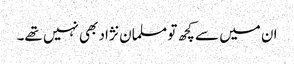
ان میں سے کچھ تو مسلمان نژاد بھی نہیں تھے۔